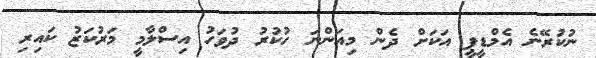
ނުކުރޭނެ އެމްޑީޕީ އަކަށް ދެން މިއަންނަ ހުކުރު ދުވަހު އިސްލާމީ މަރުކަޒު ކައިރި